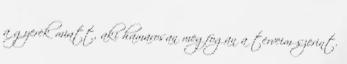
a gyerek miatt, aki hamarosan megfogan a terveim szerint.